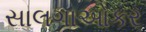
સાલગાઓકર